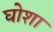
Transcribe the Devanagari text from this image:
घोशा